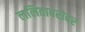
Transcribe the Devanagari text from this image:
ललिताबरोबर